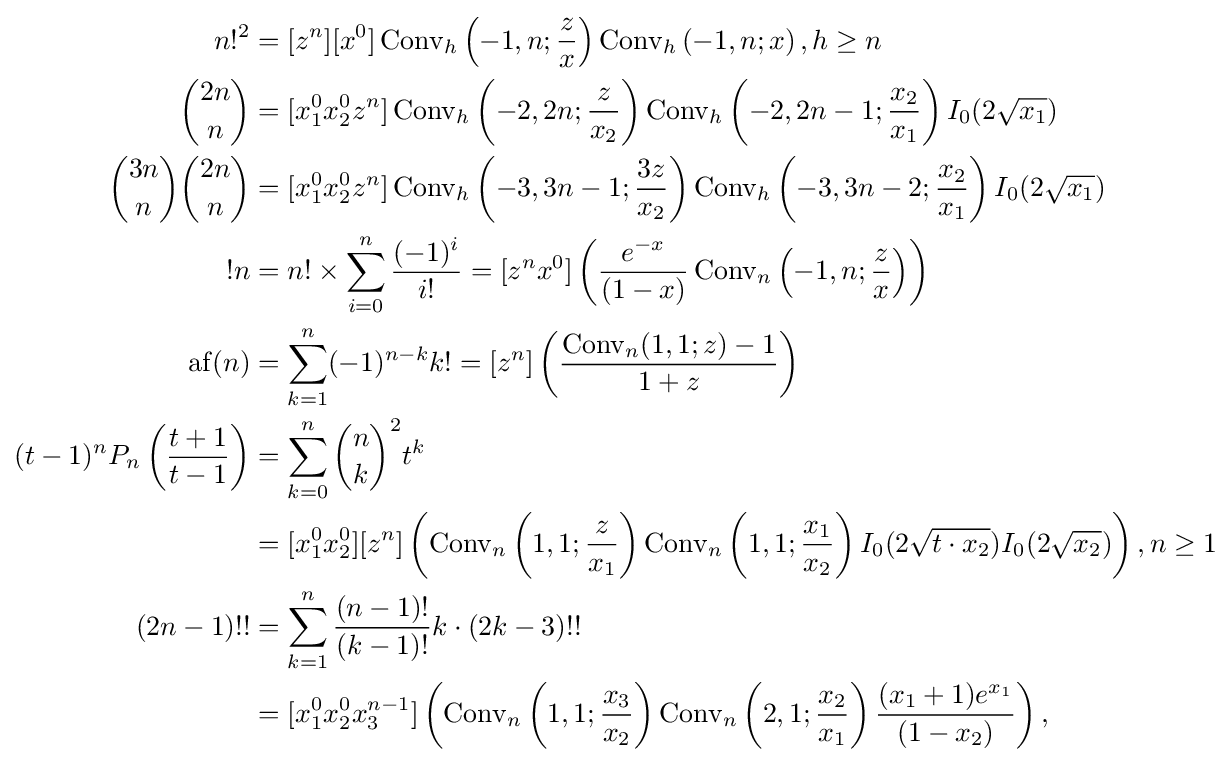
{\begin{aligned}n!^{2}&=[z^{n}][x^{0}]\operatorname {Conv} _{h}\left(-1,n;{\frac {z}{x}}\right)\operatorname {Conv} _{h}\left(-1,n;x\right),h\geq n\\{\binom {2n}{n}}&=[x_{1}^{0}x_{2}^{0}z^{n}]\operatorname {Conv} _{h}\left(-2,2n;{\frac {z}{x_{2}}}\right)\operatorname {Conv} _{h}\left(-2,2n-1;{\frac {x_{2}}{x_{1}}}\right)I_{0}(2{\sqrt {x_{1}}})\\{\binom {3n}{n}}{\binom {2n}{n}}&=[x_{1}^{0}x_{2}^{0}z^{n}]\operatorname {Conv} _{h}\left(-3,3n-1;{\frac {3z}{x_{2}}}\right)\operatorname {Conv} _{h}\left(-3,3n-2;{\frac {x_{2}}{x_{1}}}\right)I_{0}(2{\sqrt {x_{1}}})\\!n&=n!\times \sum _{i=0}^{n}{\frac {(-1)^{i}}{i!}}=[z^{n}x^{0}]\left({\frac {e^{-x}}{(1-x)}}\operatorname {Conv} _{n}\left(-1,n;{\frac {z}{x}}\right)\right)\\\operatorname {af} (n)&=\sum _{k=1}^{n}(-1)^{n-k}k!=[z^{n}]\left({\frac {\operatorname {Conv} _{n}(1,1;z)-1}{1+z}}\right)\\(t-1)^{n}P_{n}\left({\frac {t+1}{t-1}}\right)&=\sum _{k=0}^{n}{\binom {n}{k}}^{2}t^{k}\\&=[x_{1}^{0}x_{2}^{0}][z^{n}]\left(\operatorname {Conv} _{n}\left(1,1;{\frac {z}{x_{1}}}\right)\operatorname {Conv} _{n}\left(1,1;{\frac {x_{1}}{x_{2}}}\right)I_{0}(2{\sqrt {t\cdot x_{2}}})I_{0}(2{\sqrt {x_{2}}})\right),n\geq 1\\(2n-1)!!&=\sum _{k=1}^{n}{\frac {(n-1)!}{(k-1)!}}k\cdot (2k-3)!!\\&=[x_{1}^{0}x_{2}^{0}x_{3}^{n-1}]\left(\operatorname {Conv} _{n}\left(1,1;{\frac {x_{3}}{x_{2}}}\right)\operatorname {Conv} _{n}\left(2,1;{\frac {x_{2}}{x_{1}}}\right){\frac {(x_{1}+1)e^{x_{1}}}{(1-x_{2})}}\right),\end{aligned}}